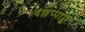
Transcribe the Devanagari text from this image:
वल्लप्पाट्टु